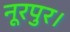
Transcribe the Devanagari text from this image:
नूरपुर।